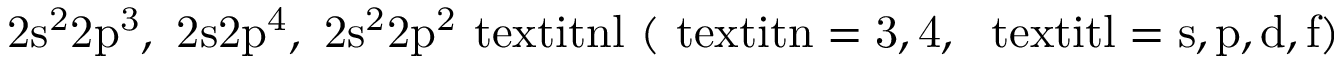
\mathrm { 2 s ^ { 2 } 2 p ^ { 3 } , ~ 2 s 2 p ^ { 4 } , ~ 2 s ^ { 2 } 2 p ^ { 2 } { \ t e x t i t { n l } } ~ ( \ t e x t i t { n } = 3 , 4 , ~ \ t e x t i t { l } = s , p , d , f ) }